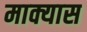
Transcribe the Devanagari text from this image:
माक्यास